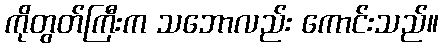
ကိုတွတ်ကြီးက သဘောလည်း ကောင်းသည်။